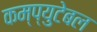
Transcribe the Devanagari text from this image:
कम्प्युटेबल